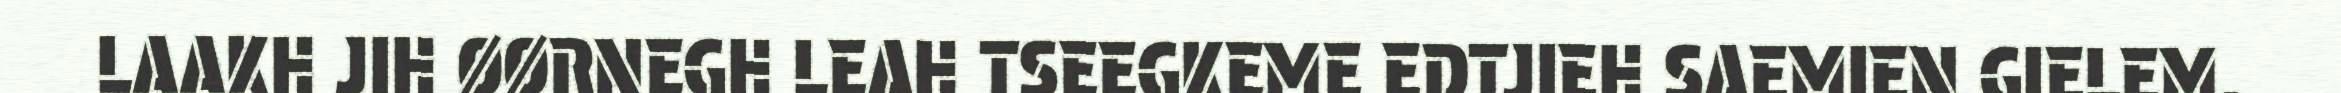
LAAKH JIH ØØRNEGH LEAH TSEEGKEME EDTJIEH SAEMIEN GIELEM,